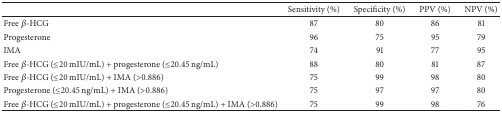
|  | Sensitivity (%) | Specificity (%) | PPV (%) | NPV (%) |
 | --- | --- | --- | --- | --- |
 | Free β-HCG | 87 | 80 | 86 | 81 |
 | Progesterone | 96 | 75 | 95 | 79 |
 | IMA | 74 | 91 | 77 | 95 |
 | Free β-HCG (≤20 mIU/mL) + progesterone (≤20.45 ng/mL) | 88 | 80 | 81 | 87 |
 | Free β-HCG (≤20 mIU/mL) + IMA (>0.886) | 75 | 99 | 98 | 80 |
 | Progesterone (≤20.45 ng/mL) + IMA (>0.886) | 75 | 97 | 97 | 80 |
 | Free β-HCG (≤20 mIU/mL) + progesterone (≤20.45 ng/mL) + IMA (>0.886) | 75 | 99 | 98 | 76 |